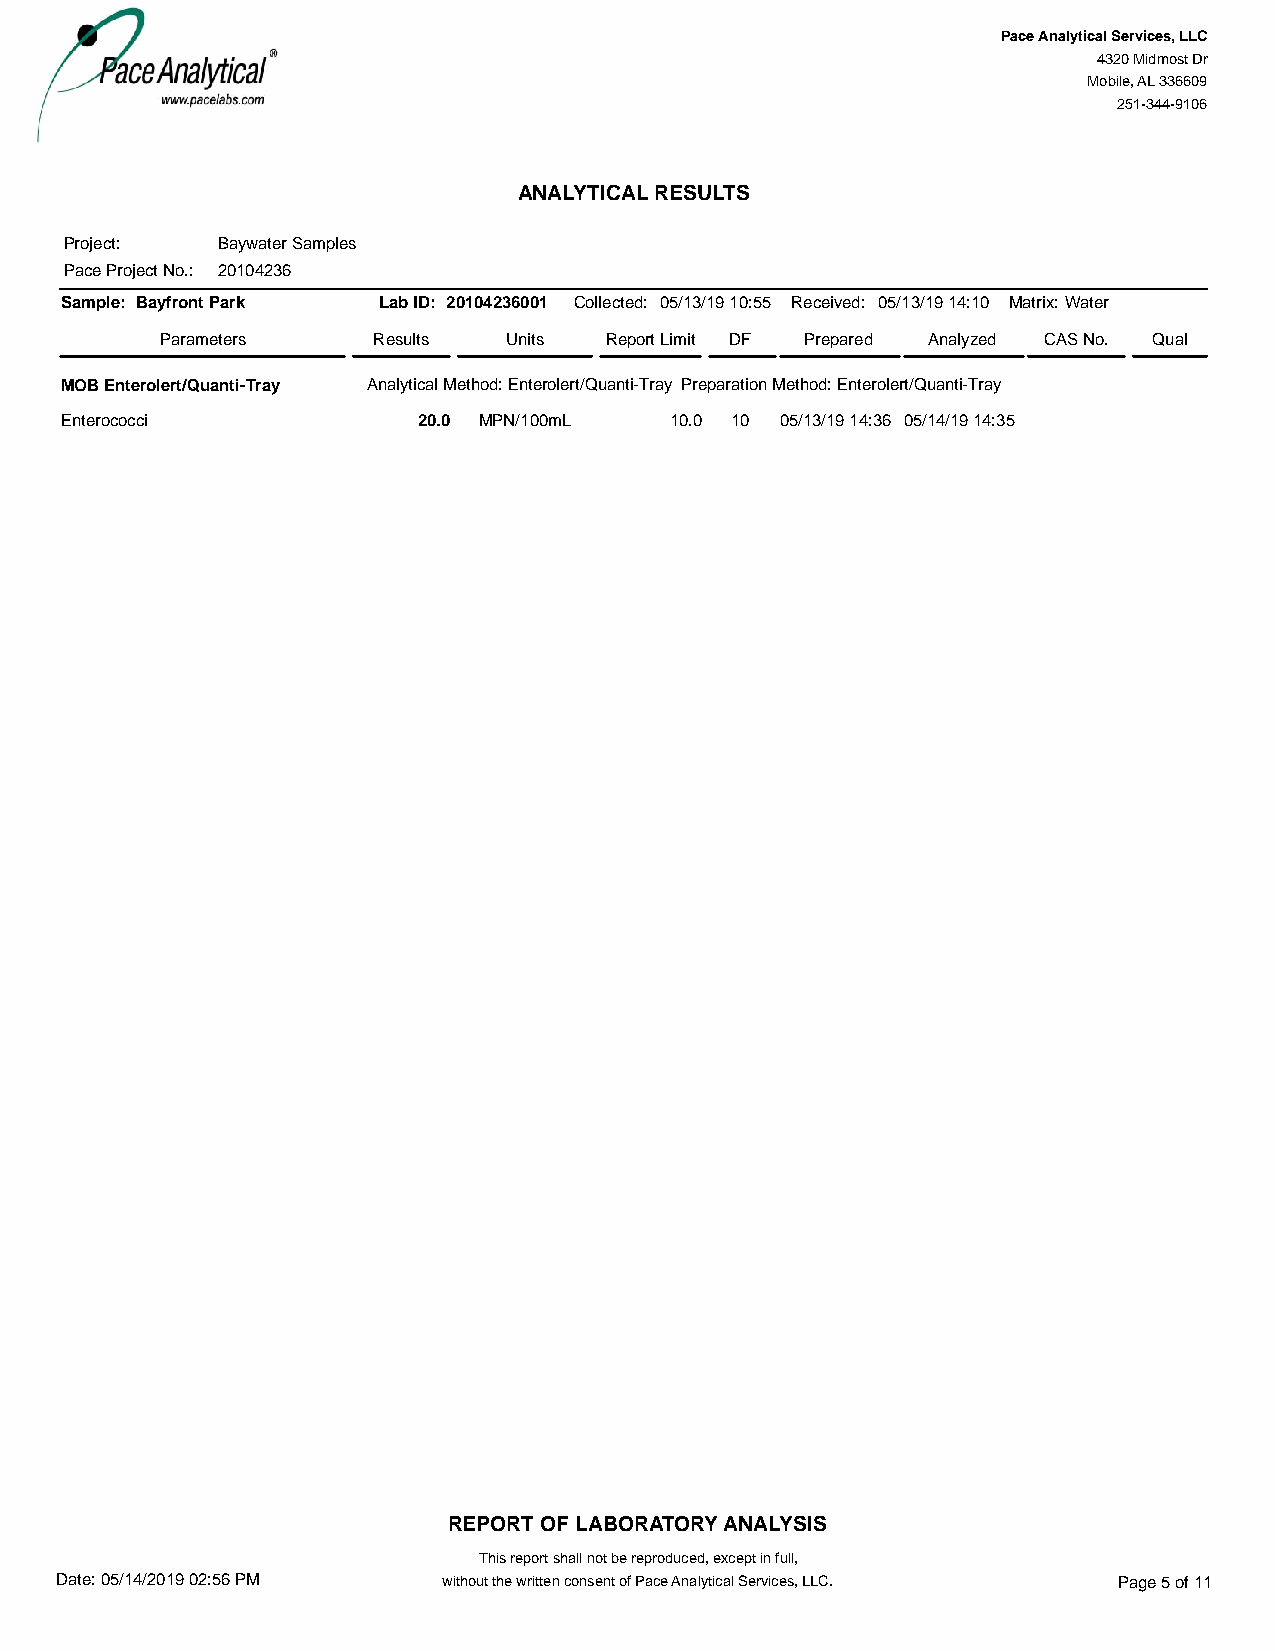
#=AR#
 Pace Analytical Services, LLC
 4320 Midmost Dr
 Mobile, AL 336609
 251-344-9106
 ANALYTICAL RESULTS
 Project:  Baywater Samples
 Pace Project No.: 20104236
 Sample: Bayfront Park Lab ID: 20104236001 Collected: 05/13/19 10:55 Received: 05/13/19 14:10 Matrix:Water
 Parameters    Results  Units Report Limit DF Prepared Analyzed CAS No. Qual
 MOB Enterolert/Quanti-Tray Analytical Method: Enterolert/Quanti-Tray Preparation Method: Enterolert/Quanti-Tray
 Enterococci             20.0 MPN/100mL  10.0 10 05/13/19 14:36 05/14/19 14:35
 REPORT OF LABORATORY ANALYSIS
 This report shall not be reproduced, except in full,
 Date: 05/14/2019 02:56 PM without the written consent of Pace Analytical Services, LLC. Page 5 of 11